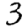
Digit: 3